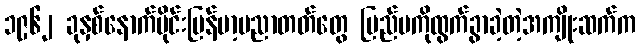
၁၉၆၂ ခုနှစ်နောက်ပိုင်းမြန်မာ့ပညာတတ်တွေ ပြည်ပကိုထွက်ခွာခဲ့တဲ့အကျိုးဆက်က